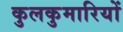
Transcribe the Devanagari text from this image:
कुलकुमारियों